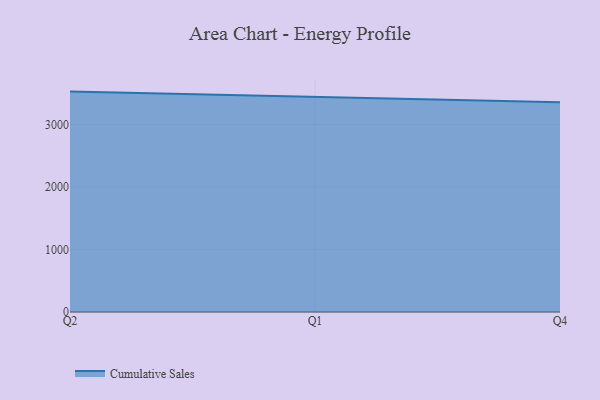
{"axis": {"x": "Quarter", "y": "Net Income (USD K)"}, "legend": ["Cumulative Sales"], "data": [{"x": "Q2", "y": 3523.5, "type": "Cumulative Sales"}, {"x": "Q1", "y": 3439.6, "type": "Cumulative Sales"}, {"x": "Q4", "y": 3352.1, "type": "Cumulative Sales"}]}